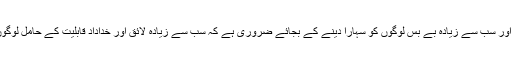
انھوں نے کہا کہ ’کسی قوم کی ترقی کے لیے کمزور ترین اور سب سے زیادہ بے بس لوگوں کو سہارا دینے کے بجائے ضروری ہے کہ سب سے زیادہ لائق اور خداداد قابلیت کے حامل لوگوں کی مدد کی جائے تاکہ وہ اپنے ملک کی خدمت کر سکیں۔